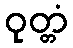
ဝုတ္တံ